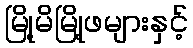
မြို့မိမြို့ဖများနှင့်